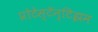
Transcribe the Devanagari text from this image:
प्रोटेस्टॅन्टिझम